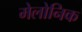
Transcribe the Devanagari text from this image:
मेलोनिक